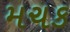
મચક